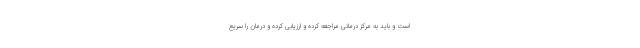
است و باید به مرکز درمانی مراجعه کرده و ارزیابی کرده و درمان را سریع